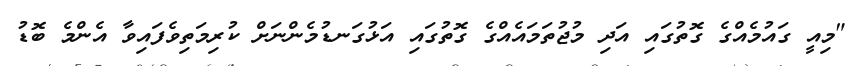
"މިއީ ގައުމެއްގެ ގޮތުގައި އަދި މުޖުތަމައެއްގެ ގޮތުގައި އަޅުގަނޑުމެންނަށް ކުރިމަތިވެފައިވާ އެންމެ ބޮޑު